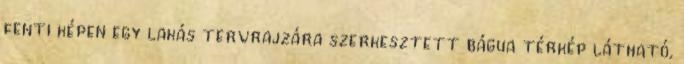
fenti képen egy lakás tervrajzára szerkesztett bágua térkép látható,